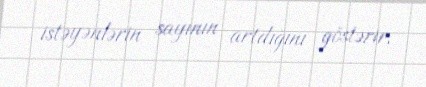
istəyənlərin sayının artdığını göstərir.